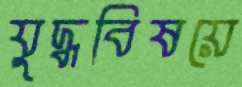
যুদ্ধবিষয়ে